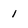
Character: 1